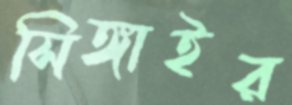
সিঙ্গাইর